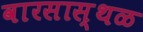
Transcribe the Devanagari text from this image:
वारसास्थळ